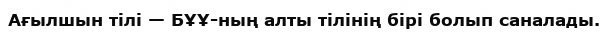
Ағылшын тілі — БҰҰ-ның алты тілінің бірі болып саналады.